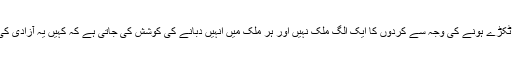
بدقسمتی سے ٹکڑے ٹکڑے ہونے کی وجہ سے کردوں کا ایک الگ ملک نہیں اور ہر ملک میں انہیں دبانے کی کوشش کی جاتی ہے کہ کہیں یہ آزادی کی تحریک نہ چلا دیں۔